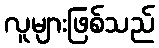
လူများဖြစ်သည်